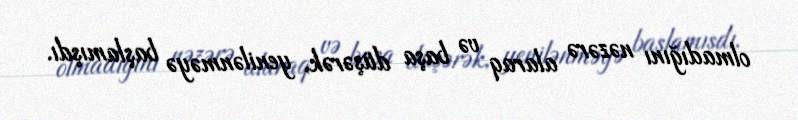
olmadığını nəzərə alaraq və başa düşərək, yenilənməyə başlamışdı.